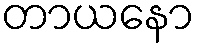
တာယနော